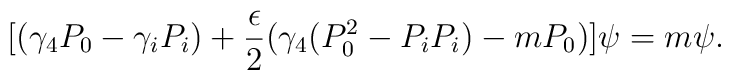
[(\gamma_4 P_0 - \gamma_i P_i) +  \frac{\epsilon}{2}(\gamma_4 ( P_{0}^{2} - P_i P_i ) - m P_0)] \psi = m \psi.